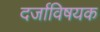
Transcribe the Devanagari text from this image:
दर्जाविषयक